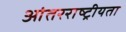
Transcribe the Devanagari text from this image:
आंतरराष्ट्रीयता